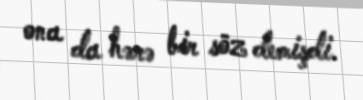
ona da hərə bir söz demişdi.